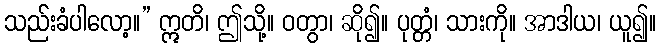
သည်းခံပါလော့။” ဣတိ၊ ဤသို့။ ဝတွာ၊ ဆို၍။ ပုတ္တံ၊ သားကို။ အာဒါယ၊ ယူ၍။